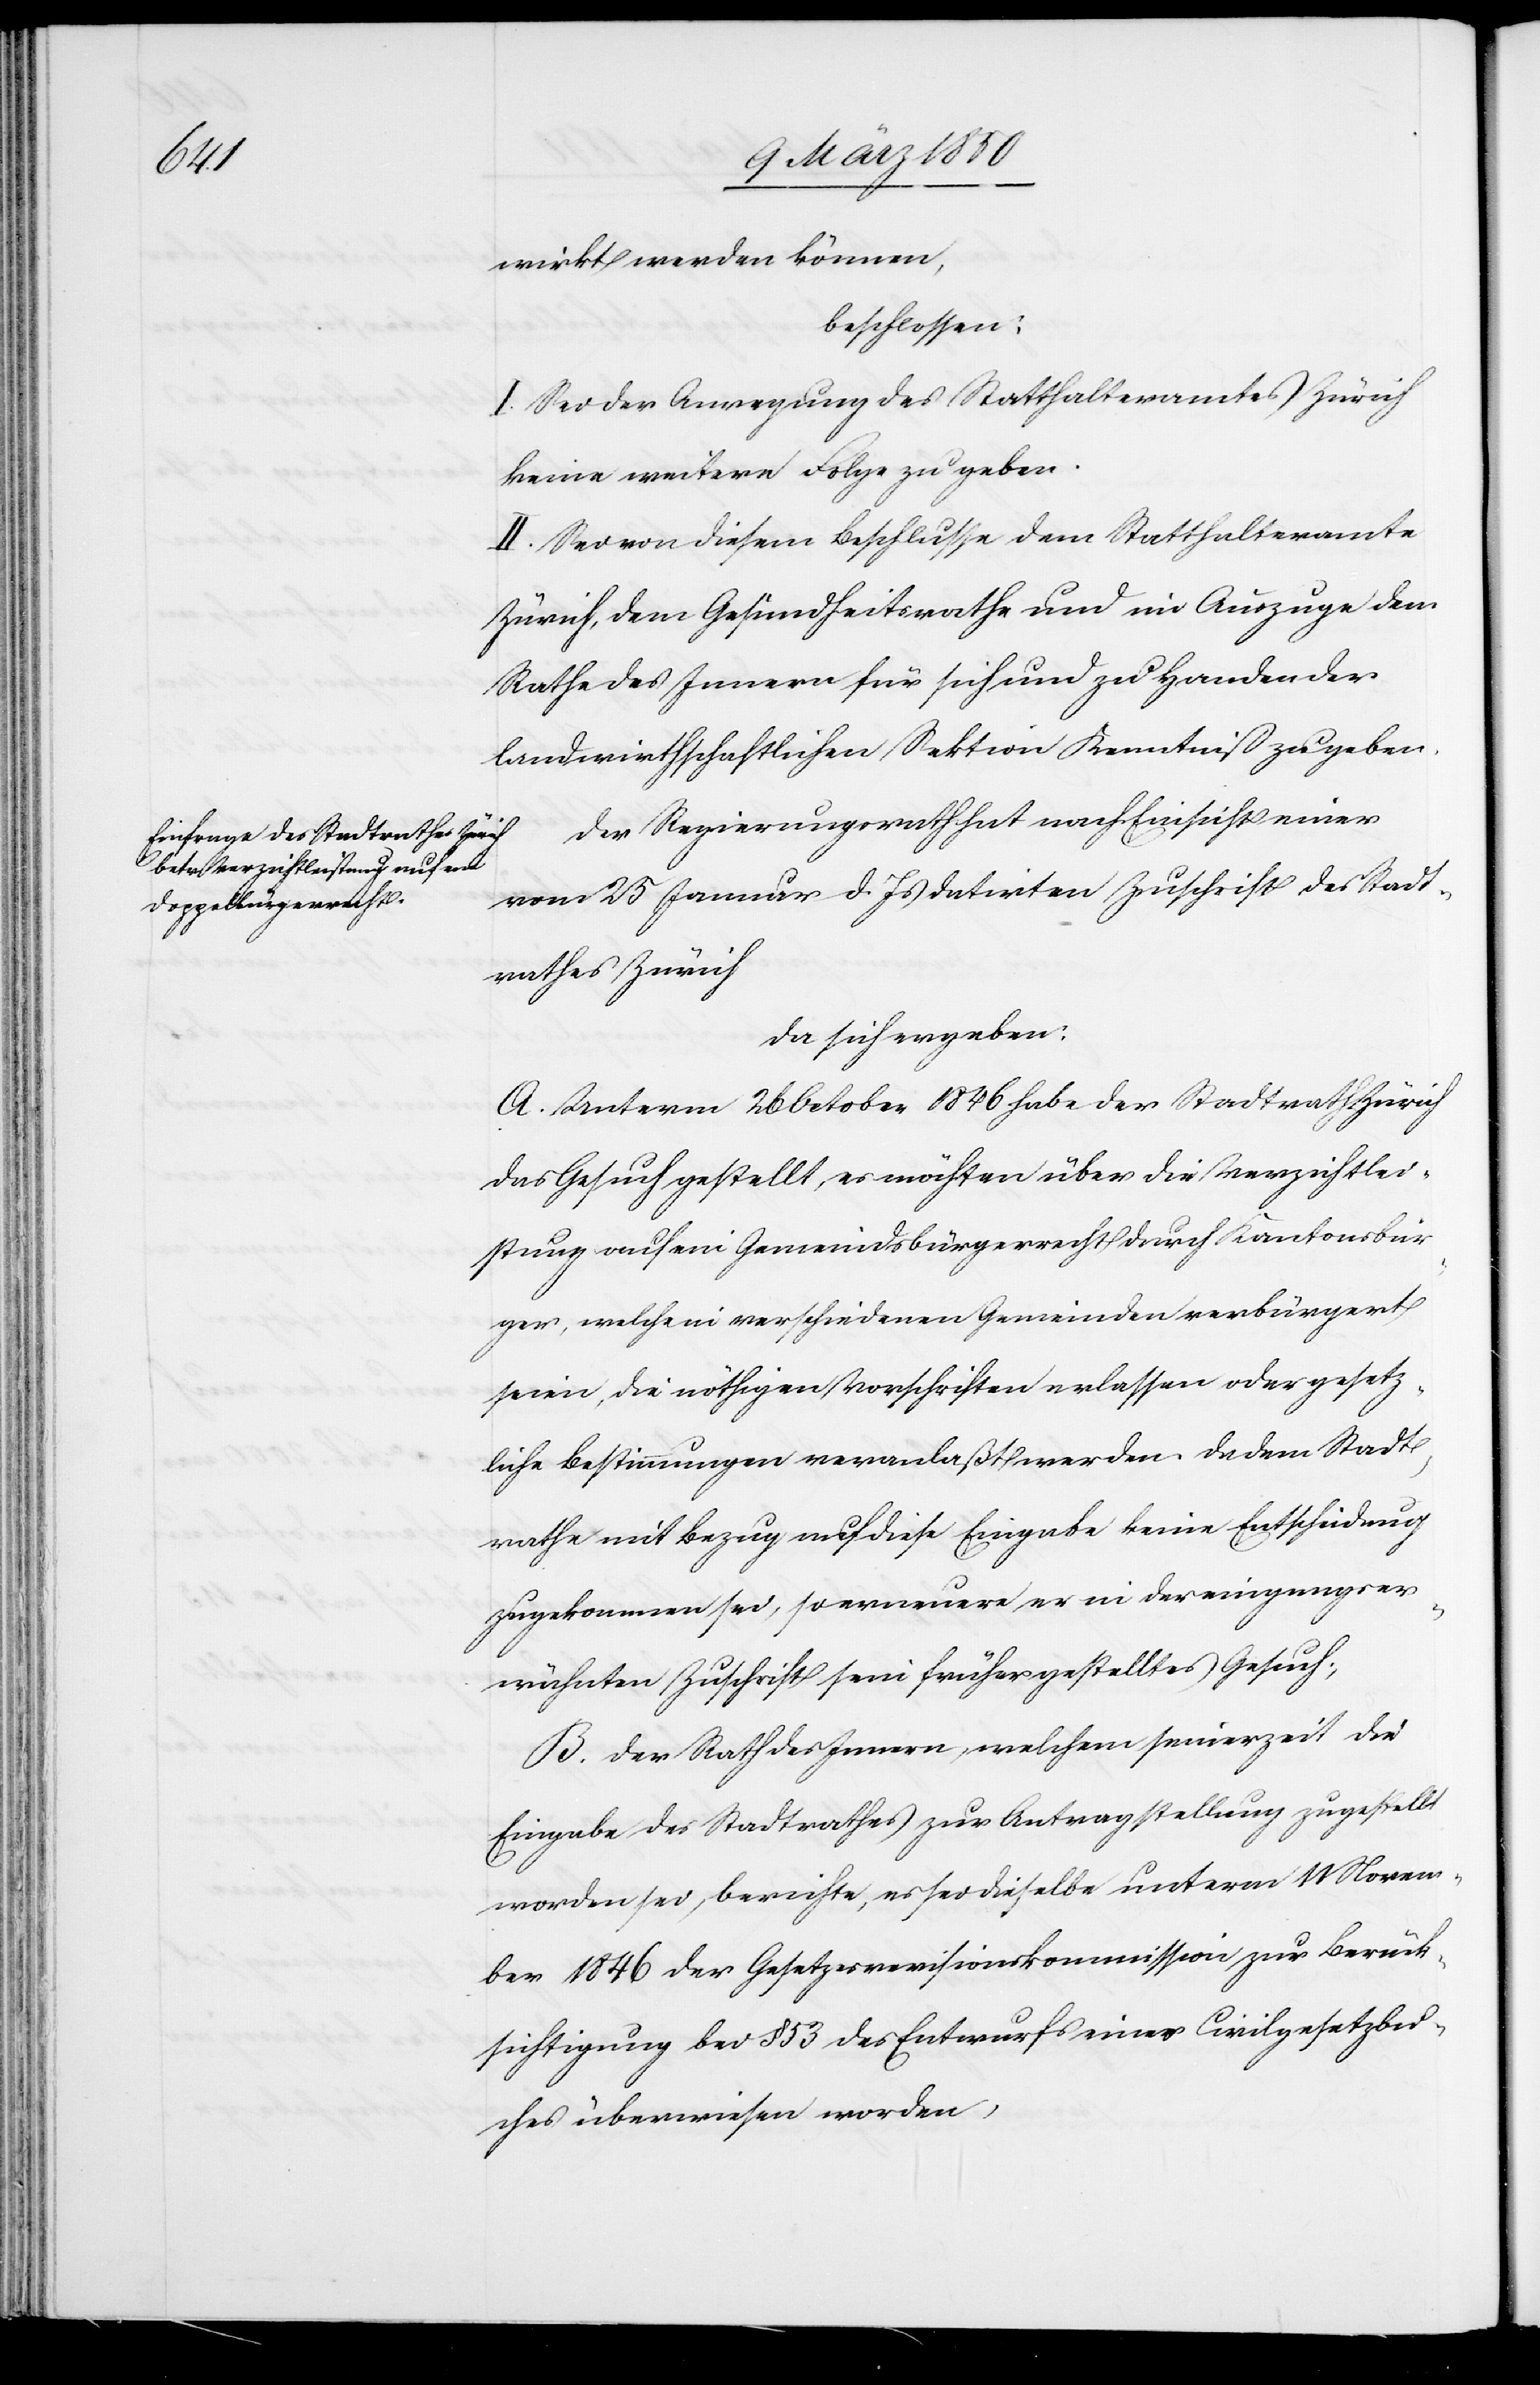
wirkt werden können,
beschlossen:
I. Sei der Anregung des Statthalteramtes Zürich
keine weitere Folge zu geben.
II. Sei von diesem Beschlusse dem Statthalteramte
Zürich, dem Gesundheitsrathe und im Auszuge dem
Rathe des Innern für sich und zu Handen der
landwirthschaftlichen Sektion Kenntniß zu geben.
Der Regierungsrath hat nach Einsicht einer
vom 25 Januar d. Js datirten Zuschrift des Stadt¬
rathes Zürich
da sich ergeben:
A. Unterm 26 October 1846 habe der Stadtrath Zürich
das Gesuch gestellt, es möchten über die Verzichtlei¬
stung auf ein Gemeindsbürgerrecht durch Kantonsbür¬
ger, welche in verschiedenen Gemeinden verbürgert
seien, die nöthigen Vorschriften erlassen oder gesetz¬
liche Bestimmungen veranlaßt werden. Da dem Stadt¬
rathe mit Bezug auf diese Eingabe keine Entscheidung
zugekommen sei, so erneuere er in der eingangser¬
wähnten Zuschrift sein früher gestelltes Gesuch;
B. Der Rath des Innern, welchem seinerzeit die
Eingabe des Stadtrathes zur Antragstellung zugestellt
worden sei, berichte, es sei dieselbe unterm 11 Novem¬
ber 1846 der Gesetzesrevisionskommission zur Berück¬
sichtigung bei § 53 des Entwurfs eines Civilgesetzbu¬
ches überwiesen worden,